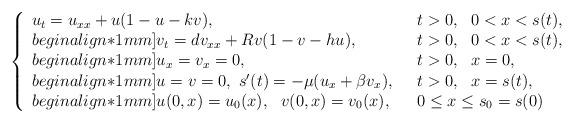
LaTeX: \begin{align*}\left\{\begin{array}{lll} u_t=u_{xx}+u(1-u-kv), &t>0, \ \ 0<x<s(t),\\begin{align*}1mm] v_t=dv_{xx}+Rv(1-v-hu),&t>0, \ \ 0<x<s(t),\\begin{align*}1mm] u_x=v_x=0,\ \ &t>0, \ \ x=0,\\begin{align*}1mm] u=v=0, \ s'(t)=-\mu(u_x+\beta v_x),\ \ &t>0, \ \ x=s(t), \\begin{align*}1mm] u(0,x)=u_0(x), \ \ v(0,x)=v_0(x),& 0\leq x\leq s_0=s(0) \end{array}\right.\end{align*}